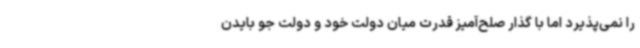
را نمی‌پذیرد اما با گذار صلح‌آمیز قدرت میان دولت خود و دولت جو بایدن